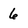
Character: 6